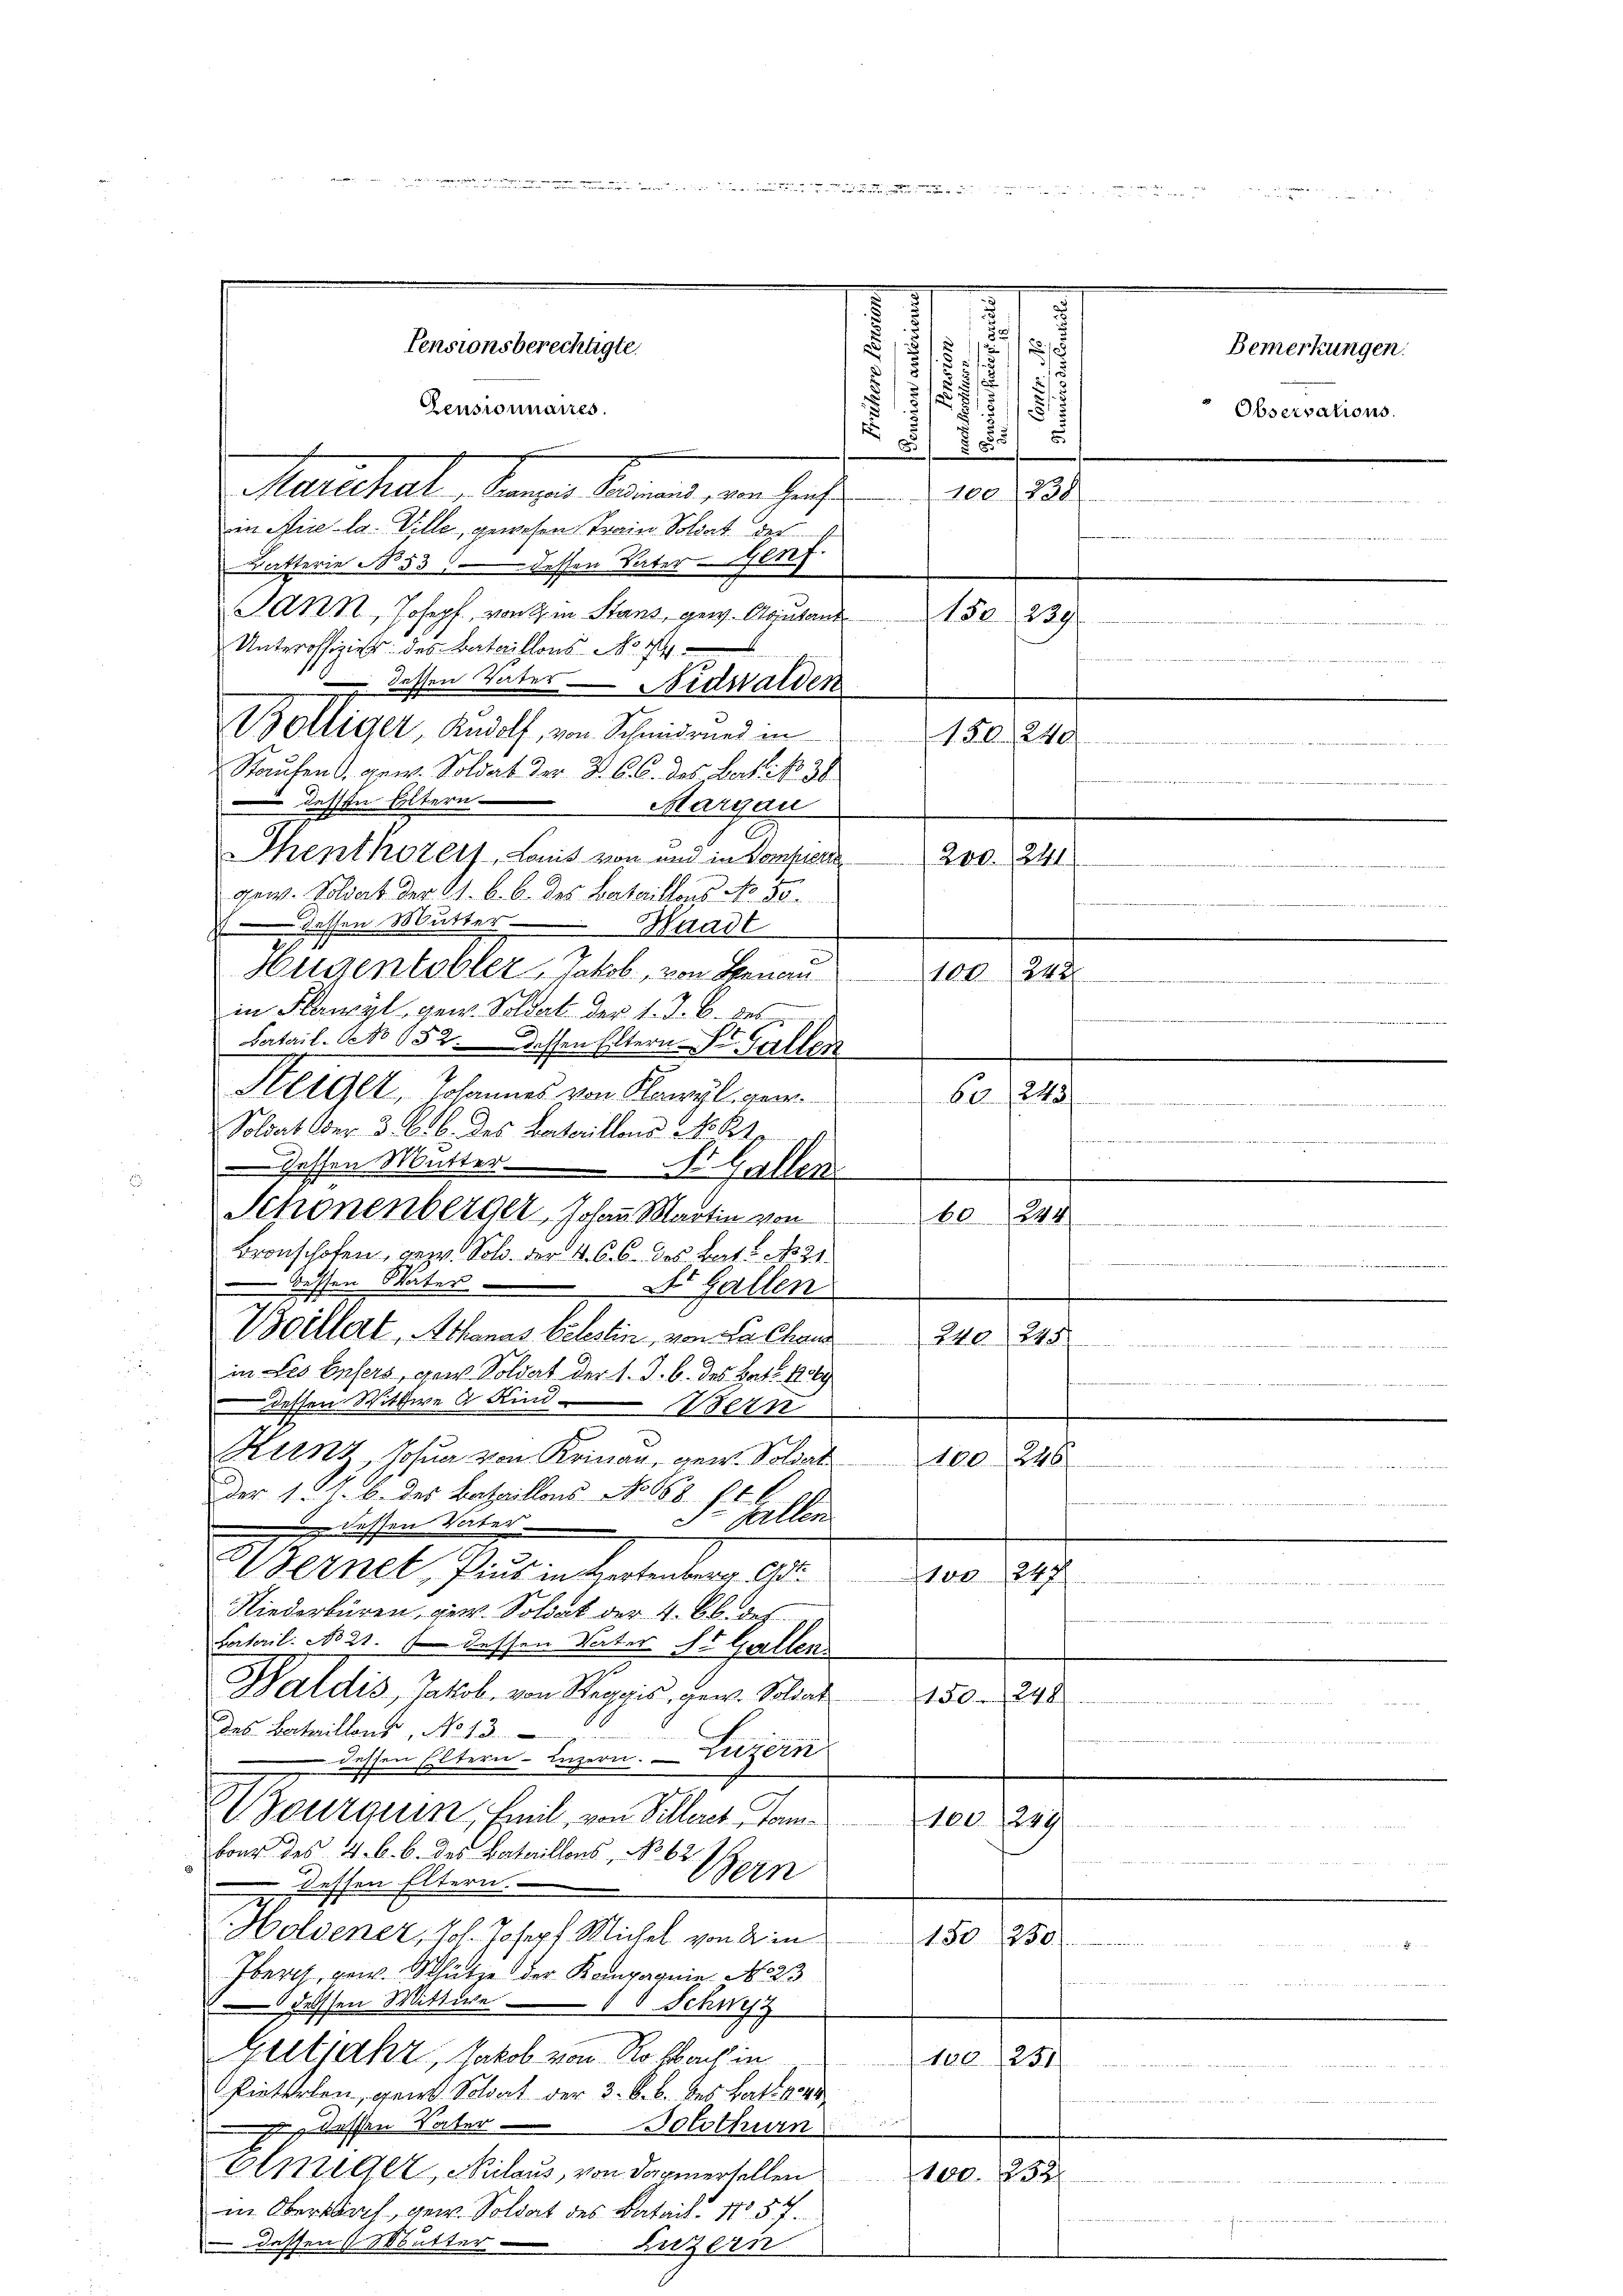
Pensionnaires.
Matthal, denen Meinung, von haft . . 10.
in Miela- Ville, gewesen Train Soldat der
Batterie No. 53 dessen Vater Genf.
SANK, Joseph, von im Stans, gew. Adjutant
Unteroffiziers des Bataillons No 1
dessen Tates Nidwalden
Bölliger, Rudolf, von Schmidrund in
Saufen, gew. Soldat der B. C. C. des Lectio 30
 dessen Eltern Margau
Thenthorers, Lonis von und in Komperi
gew. Soldat der 1. k. b. des Bataillons No. 50.
dessen Mutter Waadt
Hugentobler Jakob, von Genan
in Flawyl, gew. Soldat der 1. J. B. des
Batail. Veto 152. Dessen Eltern. Gallen
Steiger, Johannes von Flawyl gen
Soldat Ober 3. B. b. des Vaterillons No 24
Gessen Mutter Dr. Gallen
Schönenberger, Johann Martin von
Bronschofen, bezw. Sol. der 4. 6. 6. Jos. Bat. No 21.
 dessen Vater
Dr. Gallen
Woillert, Athanas belestin, von La Char 240. 245
une sehendetente
i
in Les Eifers, den Soldat der 1. J. b. des Bat. 1069
dessen Wittwe A. Kind Bern
Kirny, Josua von Krinau, gew. Soldat
100446
der 1. I. b. des Bataillons No 168. 71
3- Gallen
 dessen Vater
Wernet, Pius in Hertenberg. Art.
210. 248
Niederbüren, gew. Soldat der 4. b. des
Fatail. No 21. dessen Vater St. Gallen
Waldis, Jakob, von Reggis, gew. Soldat
150. 248.
des Bataillons, No 13.
dessen Eltern. Luzern. — Luzern
Nourqui, Emil von Villers Ta¬
100. 249
bour des 4. b. b. des Bataillons No 62. 11
Bern
 dessen Eltern.
Holdener, Joh. Joseph Michel von 2 in
10. 19
Iberch, gew. Mütze der Kompagnie No 23
dessen Mittwe Schwyz
Bestrakt, Jakob von Rohbach in
100 251

Pinterlen, gen Soldat der 3. k. b. des Hatt vo
 dessen Vater Solothurn
Einziger, Niclaus, von darmertellen
1000.
in Obersbach, gew. Soldat des Batail, No 57.
Dassen Mutter Luzern

Pensionsberechtigte.

.
.
d
2
125
Bemerkungen.
15
§ 12
.
Observations.
.
.
d
u

150. 839
e
150. 240
200. 241
104. 248
.
60. 1245
e eine
.
6024
n

.
erlich